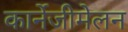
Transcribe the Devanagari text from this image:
कार्नेजीमेलन